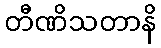
တီဏိသတာနိ